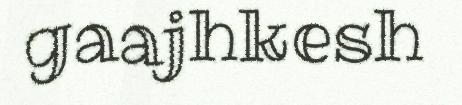
gaajhkesh